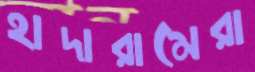
হাদারামেরা